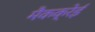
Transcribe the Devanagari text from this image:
मैकक्रेई